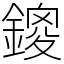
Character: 鎫